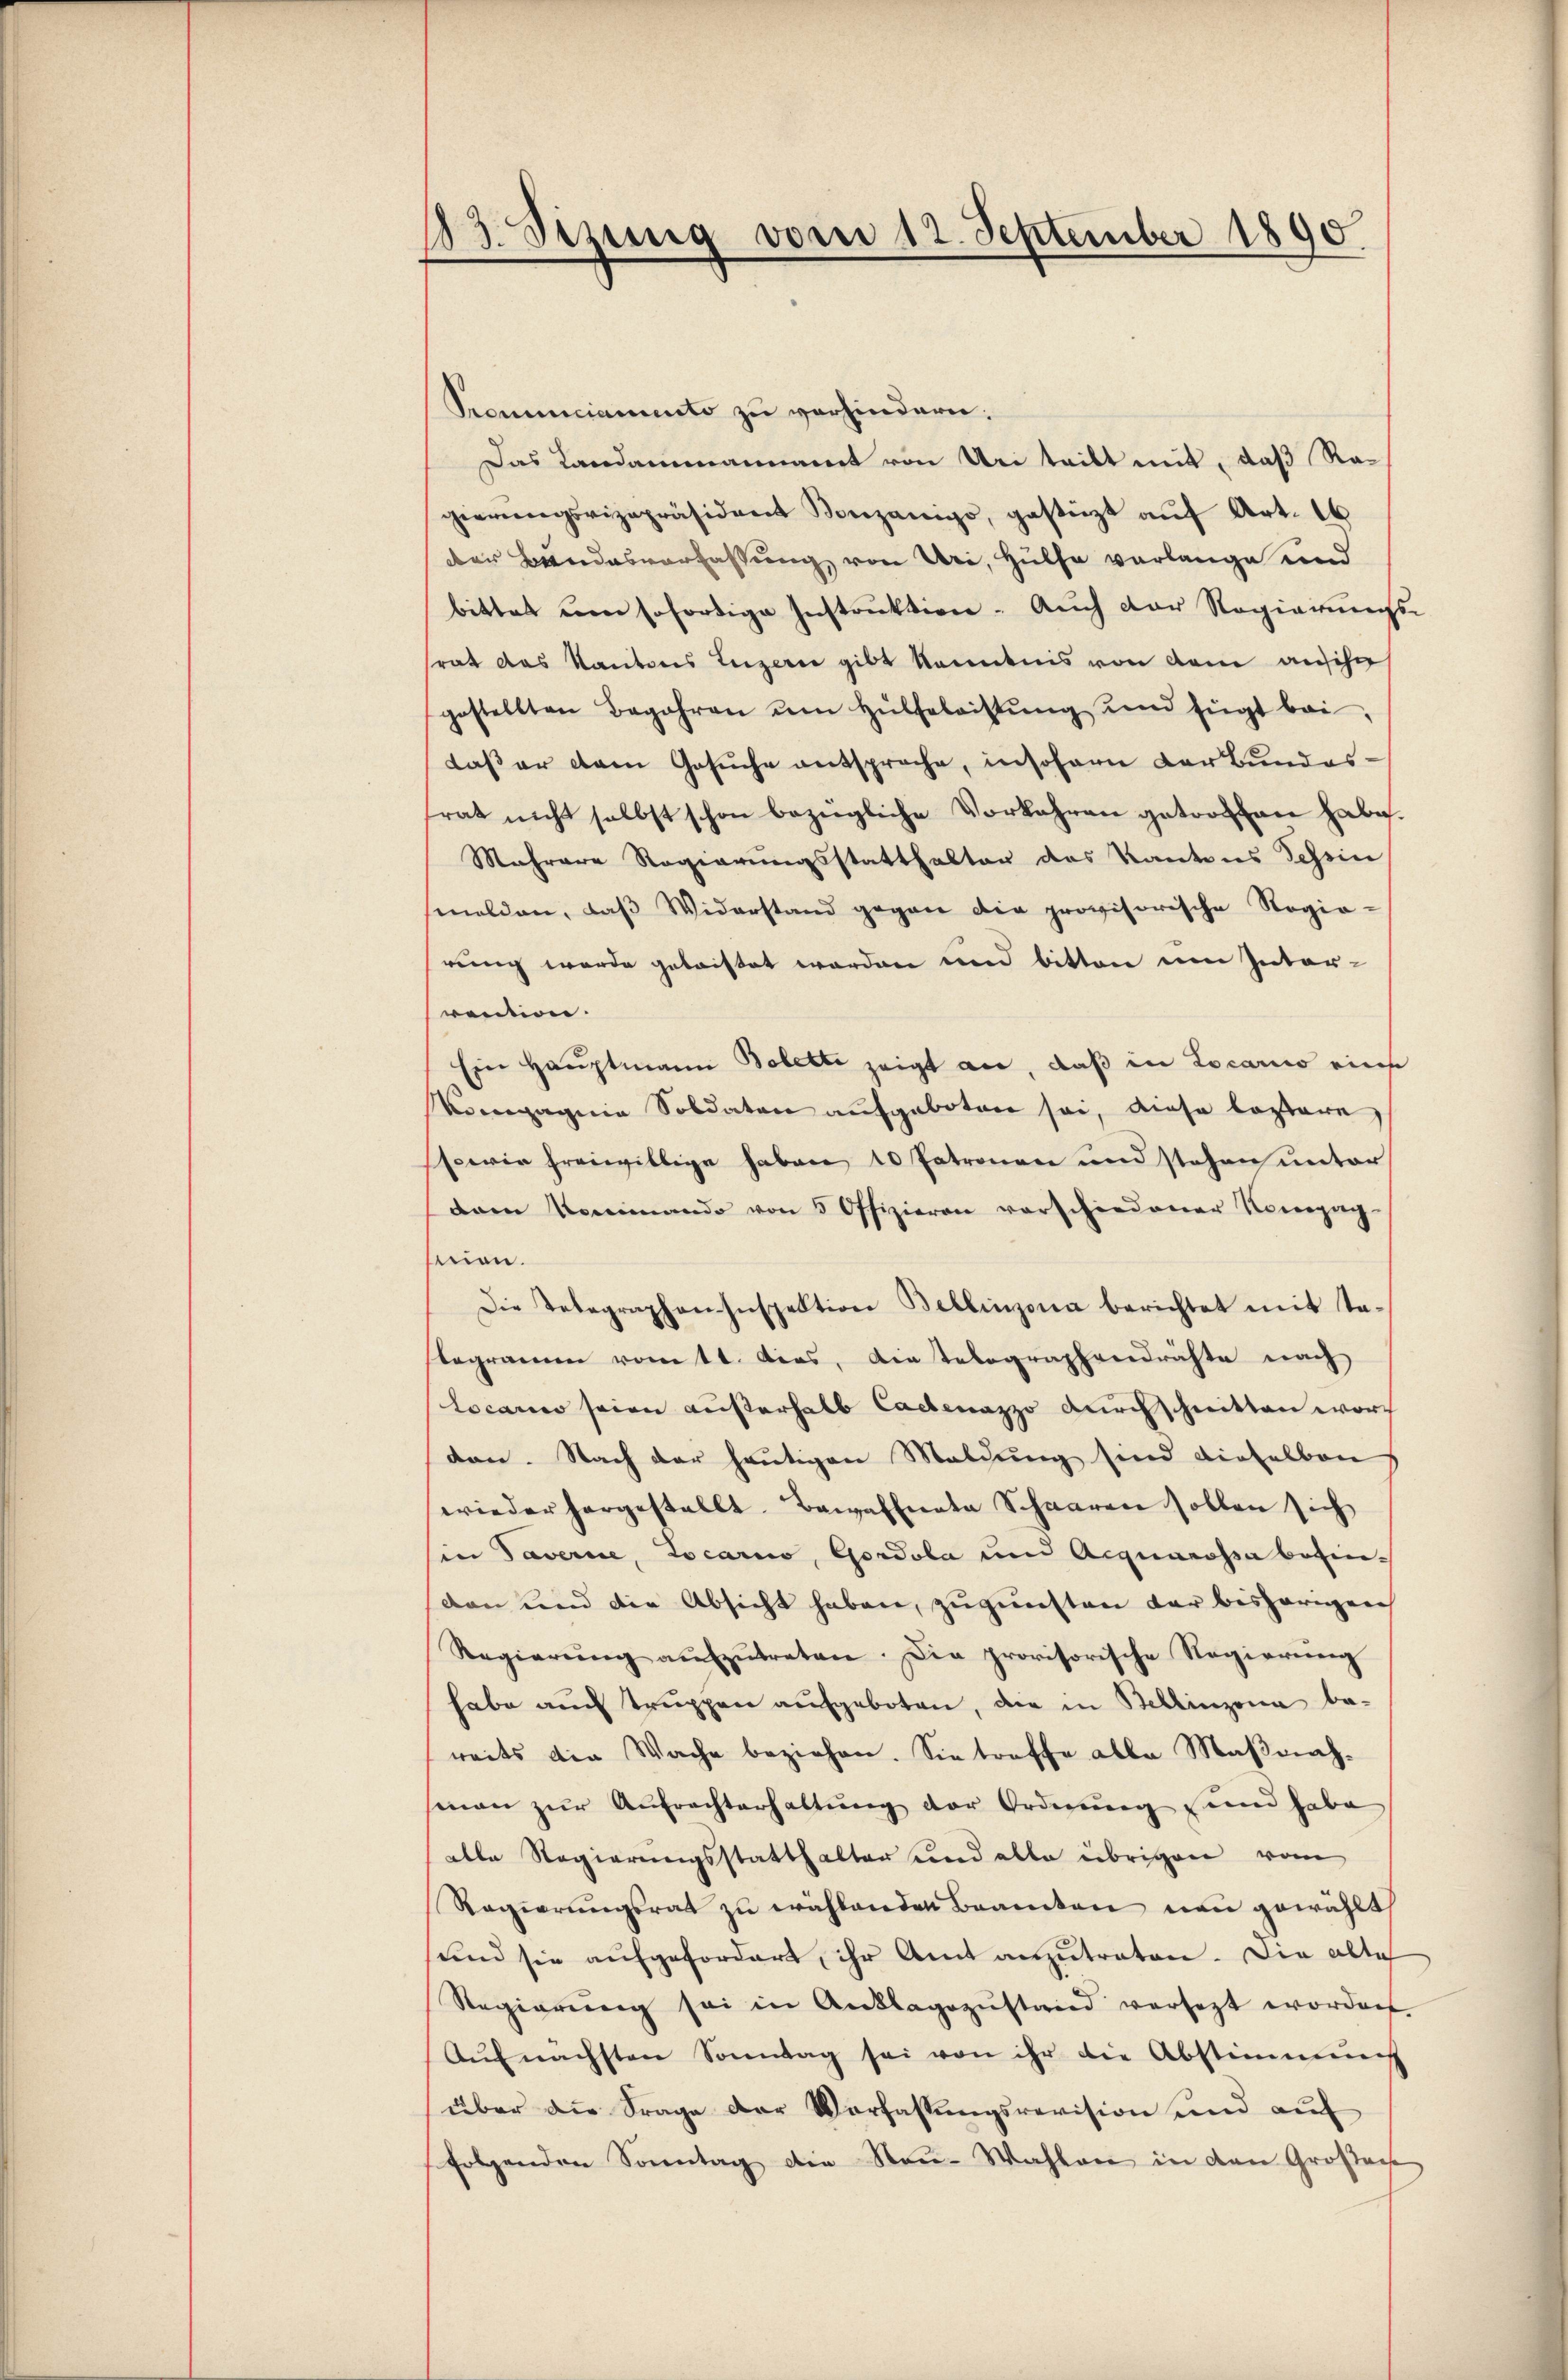
13. Sizung vom 12. September 1890

Prominciamento zu verhindern.
Das Landammannamt von Uri teilt mit, daß Ragierungsvizepräsident Vonzanigo, gestüzt aŭf Art. 16
der Bundesverfassung von Uri, Hülfe verlange und
bittet um sofortige Instruktion. Auch der Regierungs-
srat das Kantons Luzern gibt kenntnis von dem ansehe
gestellten Begehren um Hülfeleistŭng und fügt bei,
daß er dem Gesŭche entspreche, insofern der Bundes-
rat nicht selbst schon bezügliche Vorkehren gatorten habe.
Mehrere Regierungsstatthalter des Kantons Tessin
melden, daβ Widerstand gegen die provisorische Regie-
rung wurde geleistet worden und bitten eine Inter-
rention.
Ein Hauptmann Bolette zeigt an, daß in Locario eines
Kompagnie Soldaten aufgeboten sei, diese lostere
ssowie freiwillige haben 10 Patronen und stehen unter
dam Kommando von 5 Offizieren verschiedener Kompag
men.
Die Telegraphen Inspektion Bellinzona berichtet mit ta-
legramm vom 11. dies, Dietelographendrichte nach
Locarno seien außerhalb Cachenazzo durchschnitten word
den. Nach der heutigen Maldung sind dieselbar
wieder hergestellt. Bewaffnete Schaaren sollen sich
in Taverne, Locarno, Gordola und Aequarossa befin-
den und die Absicht haben, zugunsten der bisherigen
Regierŭng aŭfzŭtreten. Die provisorische Regierŭng
habe auch truppen aufgeboten, die in Bellinzona be-
reits die Wache beziehen. Sie treffe alle Maβnah-
sinen zŭr Aŭfrachterhaltung der Ordnung und habe
alle Regierungsstatthalter und alle übrigen vom
Regierungsrat zu wählenden Beamten neu gewählt
und sie aŭfgefordert, ihr Amt anzŭtraten. Die alte
Regierŭng sei in Anklagszŭstand versezt worden.
Aŭfnächsten Sonntag sei von ihr die Abstimmung
über die Frage der Vorfassungsrevision und auf
folgenden Sonntag die Neu-Wahlen in den Großach